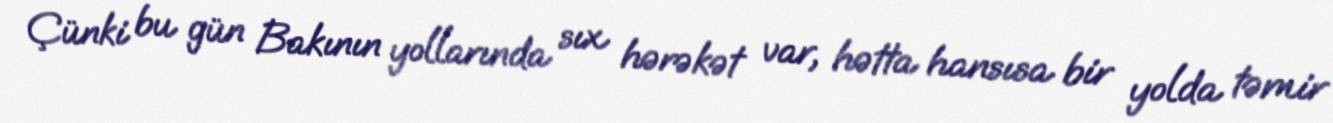
Çünki bu gün Bakının yollarında sıx hərəkət var, hətta hansısa bir yolda təmir